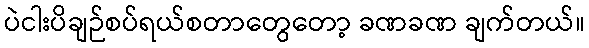
ပဲငါးပိချဉ်စပ်ရယ်စတာတွေတော့ ခဏခဏ ချက်တယ်။